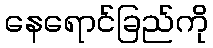
နေရောင်ခြည်ကို